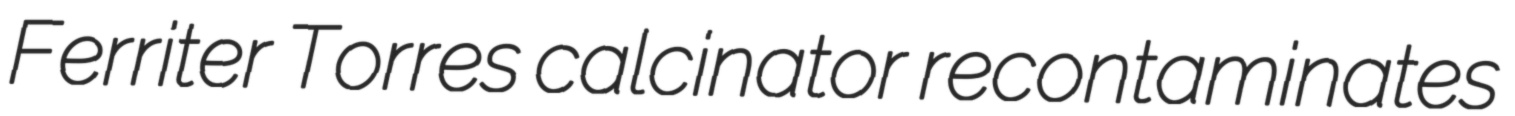
Ferriter Torres calcinator recontaminates